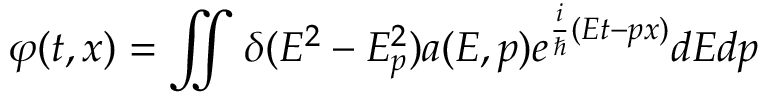
\varphi ( t , x ) = \iint \delta ( E ^ { 2 } - E _ { p } ^ { 2 } ) a ( E , p ) e ^ { \frac { i } { \hbar } ( E t - p x ) } d E d p